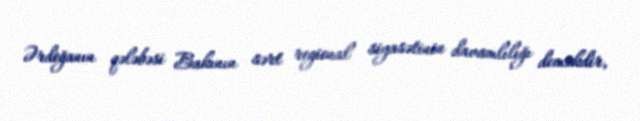
Ərdoğanın qələbəsi Bakının sərt regional siyasətinin davamlılığı deməkdir,